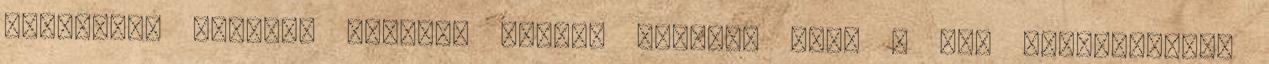
jelentése ugyanis nemcsak óriást jelent, mert a név kapcsolatban